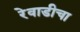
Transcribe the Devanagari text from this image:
रेवाडीचा